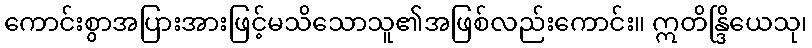
ကောင်းစွာအပြားအားဖြင့်မသိသောသူ၏အဖြစ်လည်းကောင်း။ ဣတိန္ဒြိယေသု၊